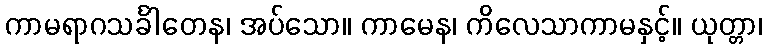
ကာမရာဂသင်္ခါတေန၊ အပ်သော။ ကာမေန၊ ကိလေသာကာမနှင့်။ ယုတ္တာ၊